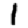
Digit: 1